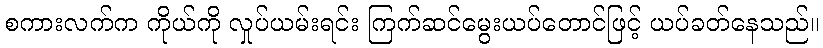
စကားလက်က ကိုယ်ကို လှုပ်ယမ်းရင်း ကြက်ဆင်မွေးယပ်တောင်ဖြင့် ယပ်ခတ်နေသည်။